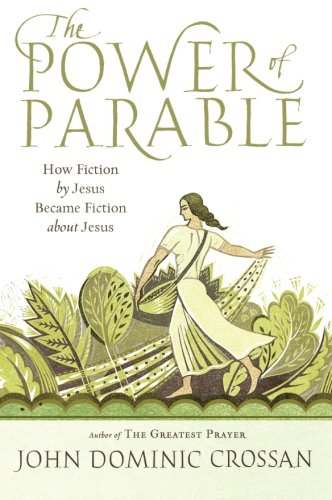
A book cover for The Power of Parable: How Fiction by Jesus Became Fiction about Jesus; John Dominic Crossan; Literature & Fiction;